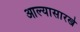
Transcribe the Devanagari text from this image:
आल्‍यासारखे